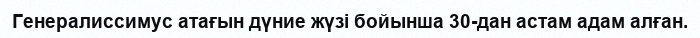
Генералиссимус атағын дүние жүзі бойынша 30-дан астам адам алған.